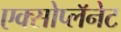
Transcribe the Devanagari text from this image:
एक्सोप्लॅनेट